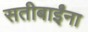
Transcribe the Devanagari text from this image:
सतीबाईंना